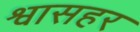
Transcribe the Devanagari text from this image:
श्वासहर